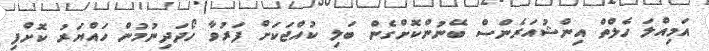
އަމިއްލަ ހެލްތް އިންޝުއަރެންސް ބޭނުންކޮށްގެން ބަލި ކުއްޖަކަށް ފަރުވާ ހޯދަދިނުމުން ހައްޔަރު ކޮށްފި